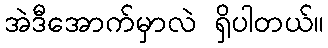
အဲဒီအောက်မှာလဲ ရှိပါတယ်။